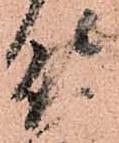
侍